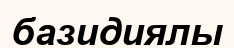
базидиялы